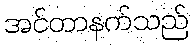
အင်တာနက်သည်